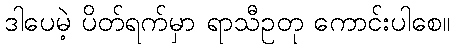
ဒါပေမဲ့ ပိတ်ရက်မှာ ရာသီဥတု ကောင်းပါစေ။